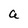
Character: a